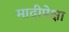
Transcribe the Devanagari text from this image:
मादीपेक्षा